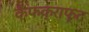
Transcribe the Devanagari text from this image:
कैंफक्राफ्ट